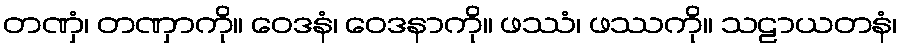
တဏှံ၊ တဏှာကို။ ဝေဒနံ၊ ဝေဒနာကို။ ဖဿံ၊ ဖဿကို။ သဠာယတနံ၊